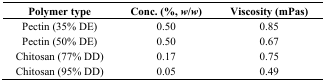
<table><thead><tr><td><b>Polymer type</b></td><td><b>Conc. (%, <i>w</i>/<i>w</i>)</b></td><td><b>Viscosity (mPas)</b></td></tr></thead><tbody><tr><td>Pectin (35% DE)</td><td>0.50</td><td>0.85</td></tr><tr><td>Pectin (50% DE)</td><td>0.50</td><td>0.67</td></tr><tr><td>Chitosan (77% DD)</td><td>0.17</td><td>0.75</td></tr><tr><td>Chitosan (95% DD)</td><td>0.05</td><td>0.49</td></tr></tbody></table>